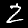
Digit: 2